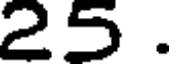
25 .